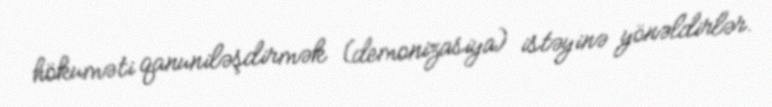
hökuməti qanuniləşdirmək (demonizasiya) istəyinə yönəldirlər.